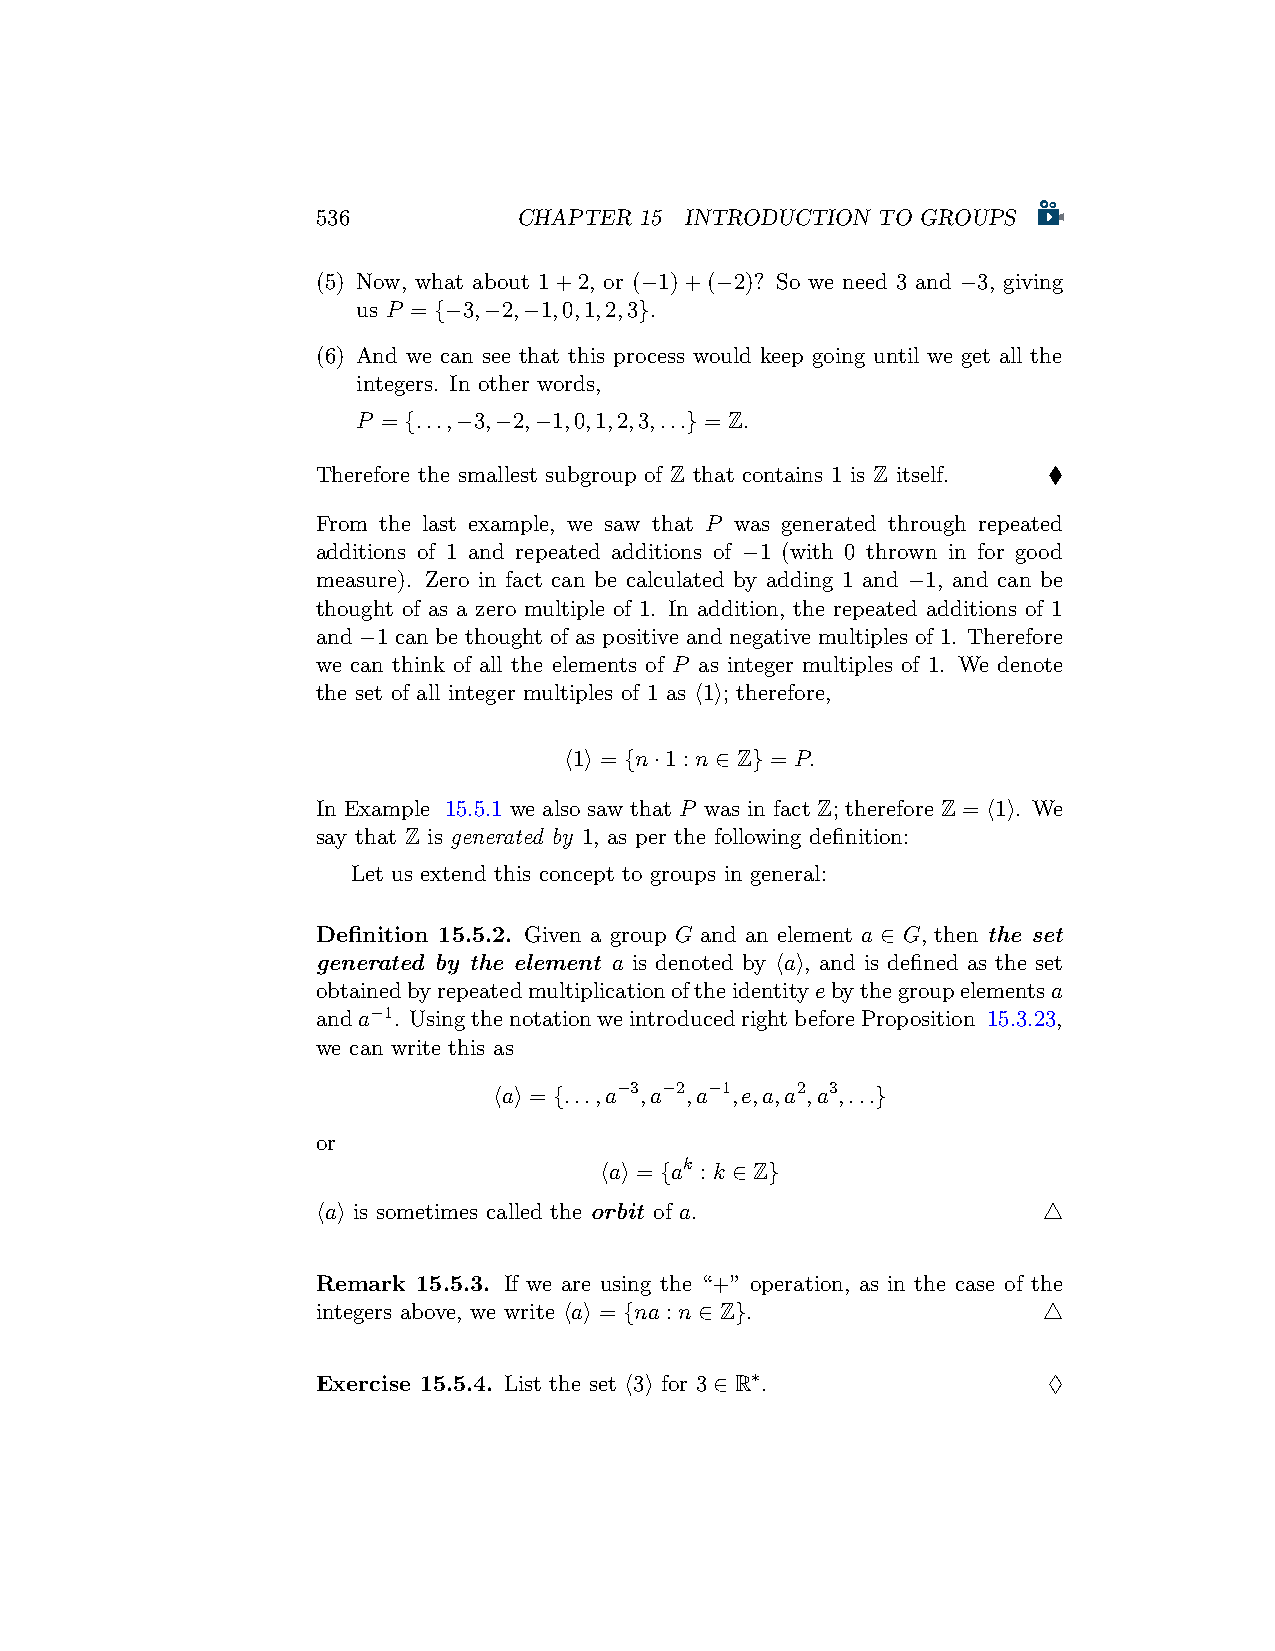
536          CHAPTER 15 INTRODUCTION TO GROUPS
 (5) Now, what about 1+2, or (−1)+(−2)? So we need 3 and −3, giving
 us P = {−3,−2,−1,0,1,2,3}.
 (6) And we can see that this process would keep going until we get all the
 integers. In other words,
 P = {...,−3,−2,−1,0,1,2,3,...} = Z.
 Therefore the smallest subgroup of Z that contains 1 is Z itself. ♦
 From the last example, we saw that P was generated through repeated
 additions of 1 and repeated additions of −1 (with 0 thrown in for good
 measure). Zero in fact can be calculated by adding 1 and −1, and can be
 thought of as a zero multiple of 1. In addition, the repeated additions of 1
 and −1 can be thought of as positive and negative multiples of 1. Therefore
 we can think of all the elements of P as integer multiples of 1. We denote
 the set of all integer multiples of 1 as ⟨1⟩; therefore,
 ⟨1⟩ = {n·1 : n ∈ Z} = P.
 In Example 15.5.1 we also saw that P was in fact Z; therefore Z = ⟨1⟩. We
 say that Z is generated by 1, as per the following definition:
 Let us extend this concept to groups in general:
 Definition 15.5.2. Given a group G and an element a ∈ G, then the set
 generated by the element a is denoted by ⟨a⟩, and is defined as the set
 obtainedbyrepeatedmultiplicationoftheidentityebythegroupelementsa
 anda−1. UsingthenotationweintroducedrightbeforeProposition 15.3.23,
 we can write this as
 ⟨a⟩ = {...,a−3,a−2,a−1,e,a,a2,a3,...}
 or
 ⟨a⟩ = {ak : k ∈ Z}
 ⟨a⟩ is sometimes called the orbit of a.         △
 Remark 15.5.3. If we are using the “+” operation, as in the case of the
 integers above, we write ⟨a⟩ = {na : n ∈ Z}.    △
 Exercise 15.5.4. List the set ⟨3⟩ for 3 ∈ R∗.   ♢